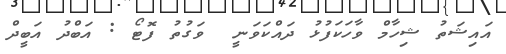
އައިޝަތު ޝިހާމް ވާހަކަފުޅު ދައްކަވަނީ  ވަގުތު ފޮޓޯ : އަބްދު އަބީދް